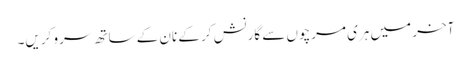
آخر میں ہری مرچوں سے گارنش کر کے نان کے ساتھ سرو کریں۔